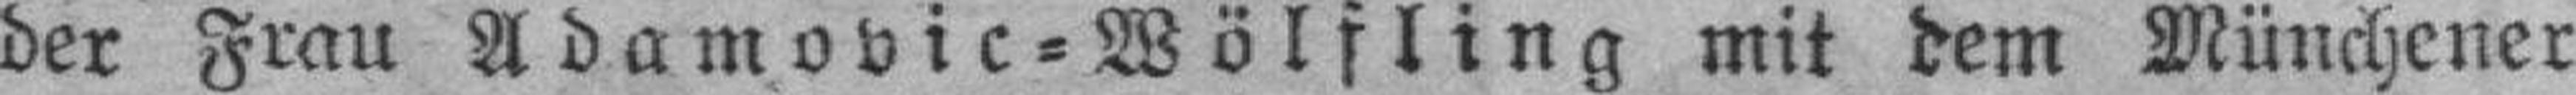
der Frau Adamovic=Wölfling mit dem Münchener